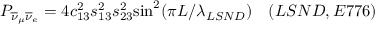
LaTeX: P _ { \overline { { { \nu } } } _ { \mu } \overline { { { \nu } } } _ { e } } = 4 c _ { 1 3 } ^ { 2 } s _ { 1 3 } ^ { 2 } s _ { 2 3 } ^ { 2 } { \sin ^ { 2 } } ( { \pi L / \lambda _ { L S N D } } ) ~ ~ ~ ( L S N D , E 7 7 6 )